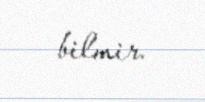
bilmir.